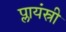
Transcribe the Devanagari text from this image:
प्लायंस्री